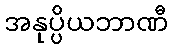
အနုပ္ပိယဘာဏီ